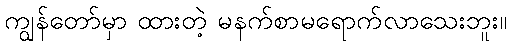
ကျွန်တော်မှာ ထားတဲ့ မနက်စာမရောက်လာသေးဘူး။